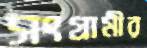
সংগ্রামীর